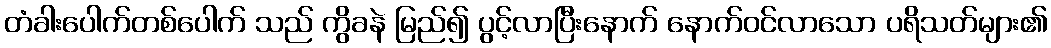
တံခါးပေါက်တစ်ပေါက် သည် ကွိခနဲ မြည်၍ ပွင့်လာပြီးနောက် နောက်ဝင်လာသော ပရိသတ်များ၏